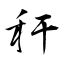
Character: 秆